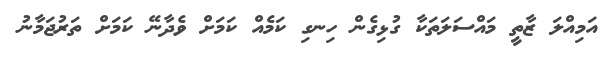
އަމިއްލަ ޒާތީ މައްސަލަތަކާ ގުޅިގެން ހިނގި ކަމެއް ކަމަށް ވެދާނޭ ކަމަށް ތަރުޖަމާނު